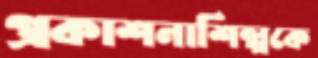
প্রকাশনাশিল্পকে